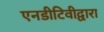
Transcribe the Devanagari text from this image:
एनडीटिवीद्वारा